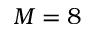
M = 8